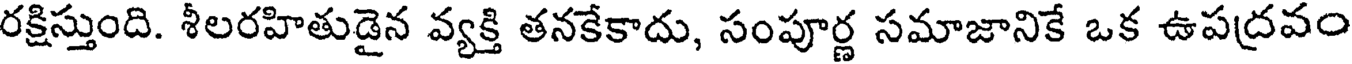
రక్షిస్తుంది. శీలరహితుడైన వ్యక్తి తనకేకాదు, సంపూర్ణ సమాజానికే ఒక ఉపద్రవం